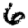
Digit: 6